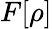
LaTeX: F[\rho]